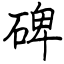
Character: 碑